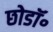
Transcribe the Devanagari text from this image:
छोडॉ॰